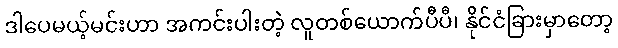
ဒါပေမယ့်မင်းဟာ အကင်းပါးတဲ့ လူတစ်ယောက်ပီပီ၊ နိုင်ငံခြားမှာတော့